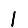
Digit: 1